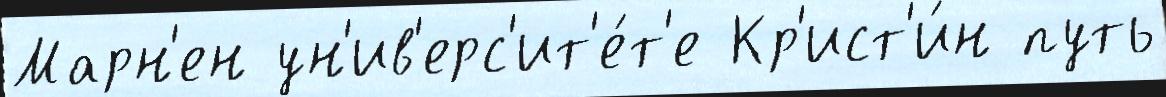
Марн'ен ун'ив'ерс'ит'е́т'е Кр'ист'и́н путь